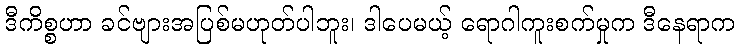
ဒီကိစ္စဟာ ခင်ဗျားအပြစ်မဟုတ်ပါဘူး၊ ဒါပေမယ့် ရောဂါကူးစက်မှုက ဒီနေရာက